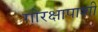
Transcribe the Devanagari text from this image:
गोरक्षापाशी